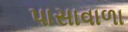
પાસાવાળા